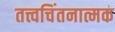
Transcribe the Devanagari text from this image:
तत्त्वचिंतनात्मक